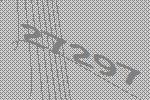
27297